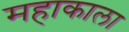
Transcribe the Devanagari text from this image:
महाकाला